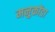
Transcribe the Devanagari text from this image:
मनुकोंडा